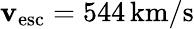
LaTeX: \mathbf{v}_{\mathrm{{esc}}}=544\, \mathrm{{km}}/\mathrm{{s}}